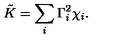
\tilde { K } = \sum _ { i } \Gamma _ { i } ^ { 2 } \chi _ { i } .